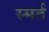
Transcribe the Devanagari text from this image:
स्मर्त